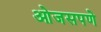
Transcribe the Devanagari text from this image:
ओजसपणे